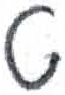
אות: ט